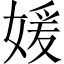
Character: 媛